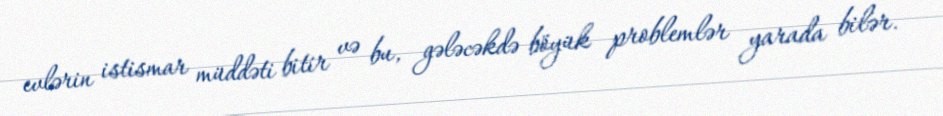
evlərin istismar müddəti bitir və bu, gələcəkdə böyük problemlər yarada bilər.